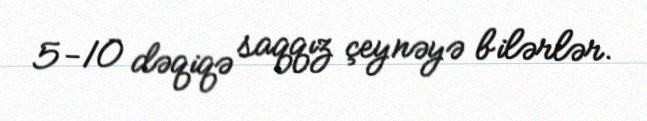
5-10 dəqiqə saqqız çeynəyə bilərlər.